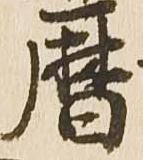
暦